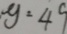
y = 4 9